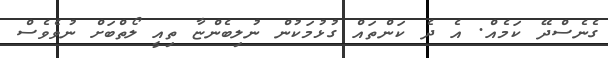
ގެނެސްދޭ ކަމެއް. އެ ދެ ކަންތައް ގުޅުމަކުން ނުލިބެންޏާ ތިއީ ލޯތްބަށް ނުވެވެސް